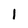
Character: 1